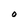
Character: O